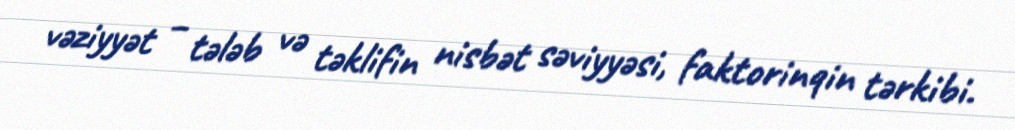
vəziyyət – tələb və təklifin nisbət səviyyəsi, faktorinqin tərkibi.